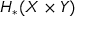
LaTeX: H _ { * } ( X \times Y )